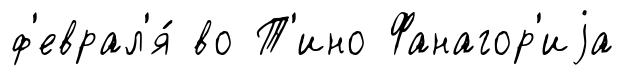
ф'еврал'я́ во Т'ино Фанагор'иjа